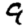
Digit: 9